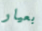
بعيار